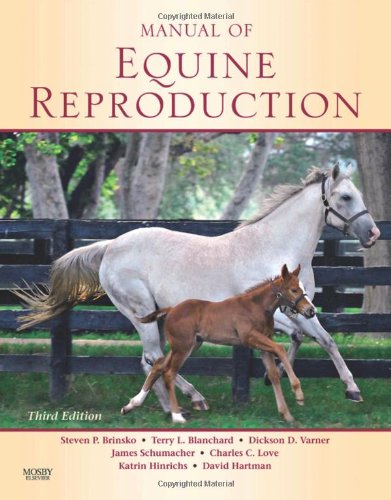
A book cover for Manual of Equine Reproduction, 3e; Steven P. Brinsko DVM; Medical Books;